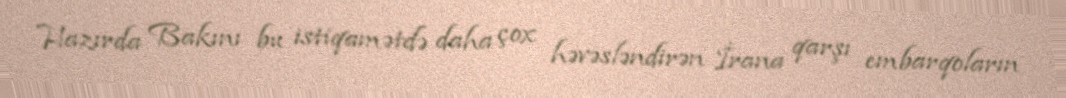
Hazırda Bakını bu istiqamətdə daha çox həvəsləndirən İrana qarşı embarqoların